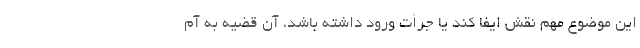
این موضوع مهم نقش ایفا کند یا جرأت ورود داشته باشد، آن قضیه به آم